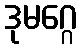
ဒုမဂ္ဂေ